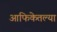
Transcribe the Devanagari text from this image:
आफिकेतल्या